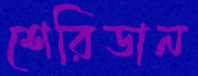
শেরিডান